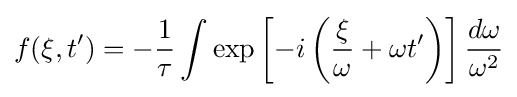
f(\xi ,t')=-{\frac {1}{\tau }}\int \exp \left[-i\left({\frac {\xi }{\omega }}+\omega t'\right)\right]{\frac {d\omega }{\omega ^{2}}}